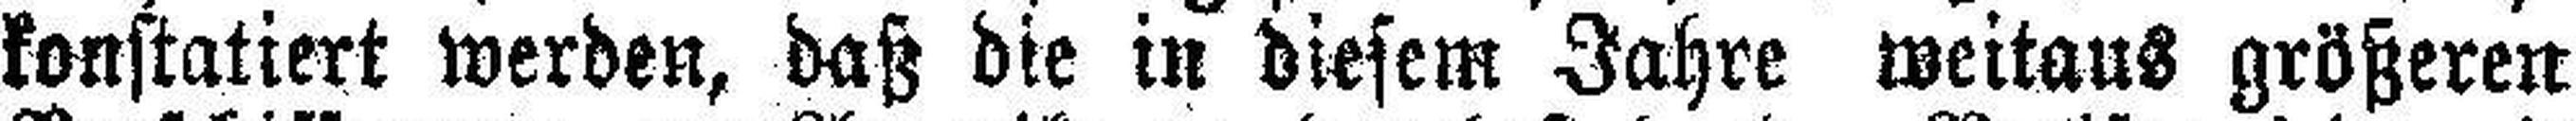
konstatiert werden, daß die in diesem Jahre weitaus größeren